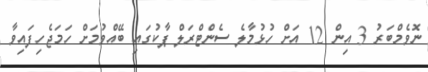
ނޮވެމްބަރު 3 އިން 12 އަށް ހުޅުމާލެ ސެންޓްރަލް ޕާކުގައި ބޭއްވުމަށް ހަމަޖެހިފައިވާ